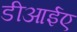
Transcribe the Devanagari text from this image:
डीआईए